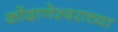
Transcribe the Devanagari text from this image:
कोंढाणेश्वराच्या